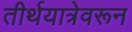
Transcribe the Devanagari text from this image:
तीर्थयात्रेवरून